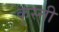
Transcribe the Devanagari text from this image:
कुस्त्ती